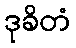
ဒုခိတံ